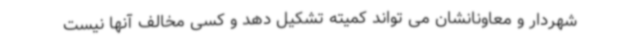
شهردار و معاونانشان می تواند کمیته تشکیل دهد و کسی مخالف آنها نیست